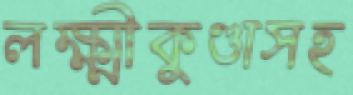
লক্ষ্মীকুণ্ডাসহ